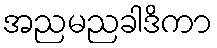
အညမညခါဒိကာ